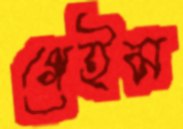
গেইম